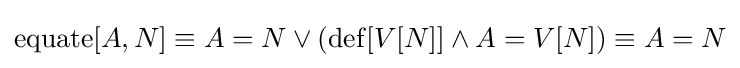
\operatorname {equate} [A,N]\equiv A=N\lor (\operatorname {def} [V[N]]\land A=V[N])\equiv A=N